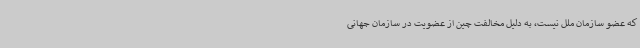
که عضو سازمان ملل نیست، به دلیل مخالفت چین از عضویت در سازمان جهانی